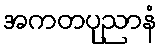
အကတပုညာနံ